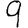
Digit: 9